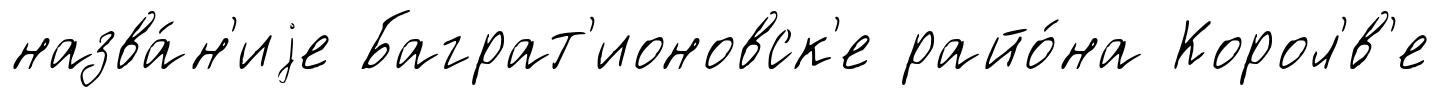
назва́н'иjе Баграт'ионовск'е райо́на Корол'́в'е